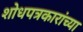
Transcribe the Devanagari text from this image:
शोधपत्रकारांच्या